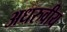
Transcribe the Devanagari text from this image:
अधरुवीय